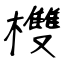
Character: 欆